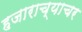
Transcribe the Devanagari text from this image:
हजाराच्याचर